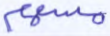
مسهم